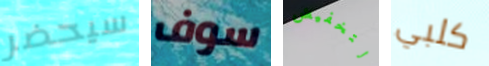
سيحضر سوف لتخفيض كلبي